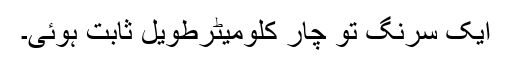
ایک سرنگ تو چار کلومیٹرطویل ثابت ہوئی۔